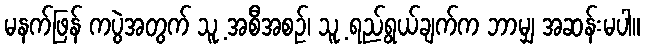
မနက်ဖြန် ကပွဲအတွက် သူ့ အစီအစဉ်၊ သူ့ ရည်ရွယ်ချက်က ဘာမျှ အဆန်းမပါ။